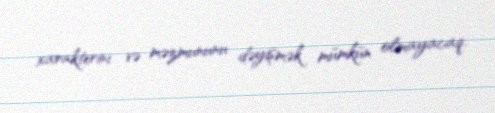
xarakterini və məzmununu dəyişmək mümkün olmayacaq.